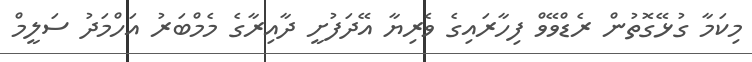
މިކަމާ ގުޅޭގޮތުން ރެޑްވޭވް ފިހާރައިގެ ވެރިޔާ އޭދަފުށީ ދާއިރާގެ މެމްބަރު އަހްމަދު ސަލީމް